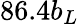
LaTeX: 86.4b_{L}